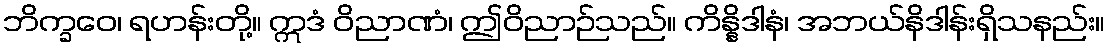
ဘိက္ခဝေ၊ ရဟန်းတို့။ ဣဒံ ဝိညာဏံ၊ ဤဝိညာဉ်သည်။ ကိန္နိဒါနံ၊ အဘယ်နိဒါန်းရှိသနည်း။